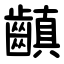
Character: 齻